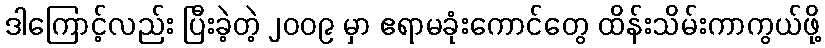
ဒါကြောင့်လည်း ပြီးခဲ့တဲ့ ၂၀၀၉ မှာ ဧရာမခုံးကောင်တွေ ထိန်းသိမ်းကာကွယ်ဖို့